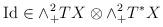
LaTeX: \begin{align*}\mathrm{Id}\in\wedge^{2}_{+}TX\otimes\wedge^{2}_{+}T^{*}X\end{align*}